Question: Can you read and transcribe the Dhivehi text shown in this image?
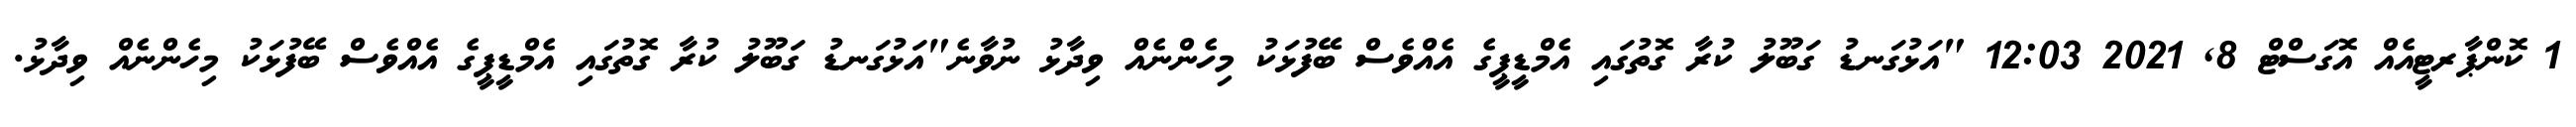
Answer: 1 ކޮންޕާރޓީއެއް އޮގަސްޓް 8, 2021 12:03 "އަޅުގަނޑު ގަބޫލު ކުރާ ގޮތުގައި އެމްޑީޕީގެ އެއްވެސް ބޭފުޅަކު މިހެންނެއް ވިދާޅު ނުވާނެ"އަޅުގަނޑު ގަބޫލު ކުރާ ގޮތުގައި އެމްޑީޕީގެ އެއްވެސް ބޭފުޅަކު މިހެންނެއް ވިދާޅު.